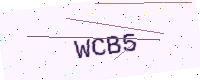
Text: WCB5